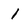
Character: 1